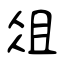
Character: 俎